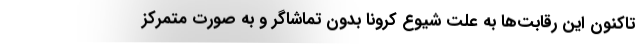
تاکنون این رقابت‌ها به علت شیوع کرونا بدون تماشاگر و به صورت متمرکز